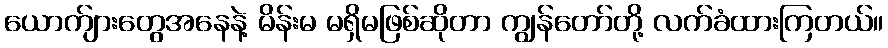
ယောက်ျားတွေအနေနဲ့ မိန်းမ မရှိမဖြစ်ဆိုတာ ကျွန်တော်တို့ လက်ခံထားကြတယ်။